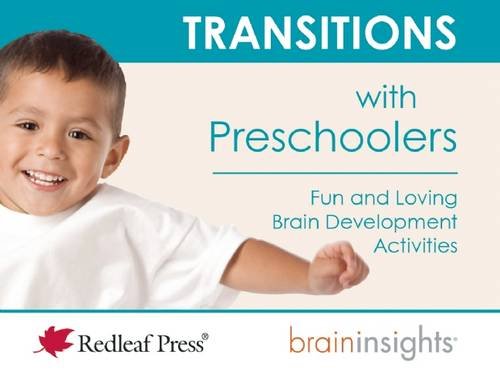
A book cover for Transitions with Preschoolers (Brain Insights); Deborah McNelis; Parenting & Relationships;